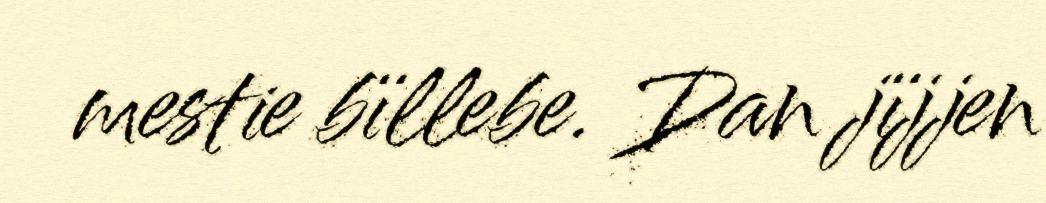
mestie bïllebe. Dan jïjjen